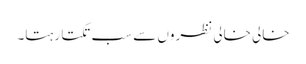
خالی خالی نظروں سے سب تکتا رہتا۔